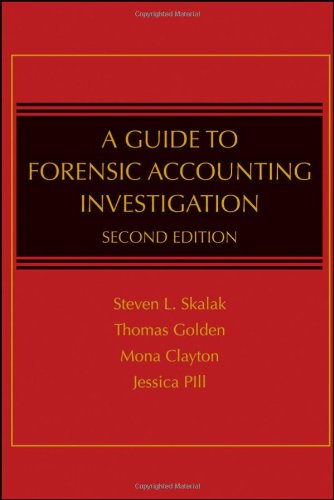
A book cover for A Guide to Forensic Accounting Investigation; Steven L. Skalak; Business & Money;